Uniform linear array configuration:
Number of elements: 24
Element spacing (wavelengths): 0.5
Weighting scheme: blackman
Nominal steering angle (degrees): -30
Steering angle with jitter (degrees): -29.666
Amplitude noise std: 0.05
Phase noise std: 0.05

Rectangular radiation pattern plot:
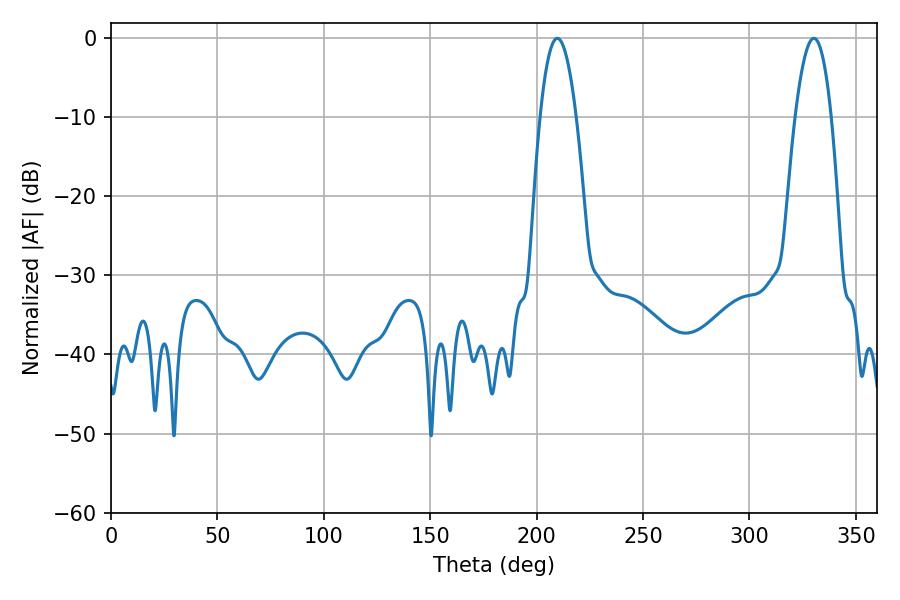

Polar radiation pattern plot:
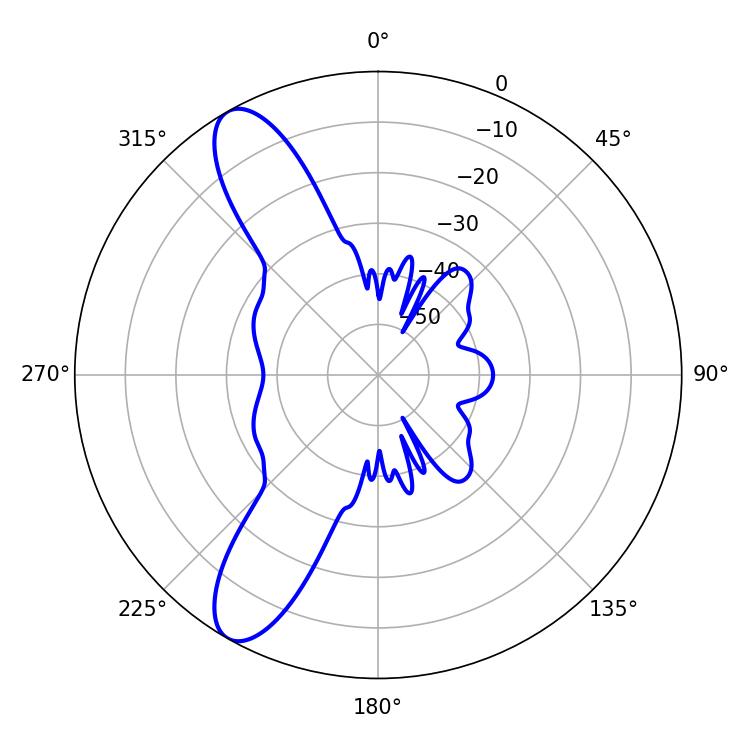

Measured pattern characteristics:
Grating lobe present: FALSE
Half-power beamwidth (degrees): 9.36
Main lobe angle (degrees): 209.7